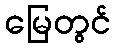
မြေတွင်